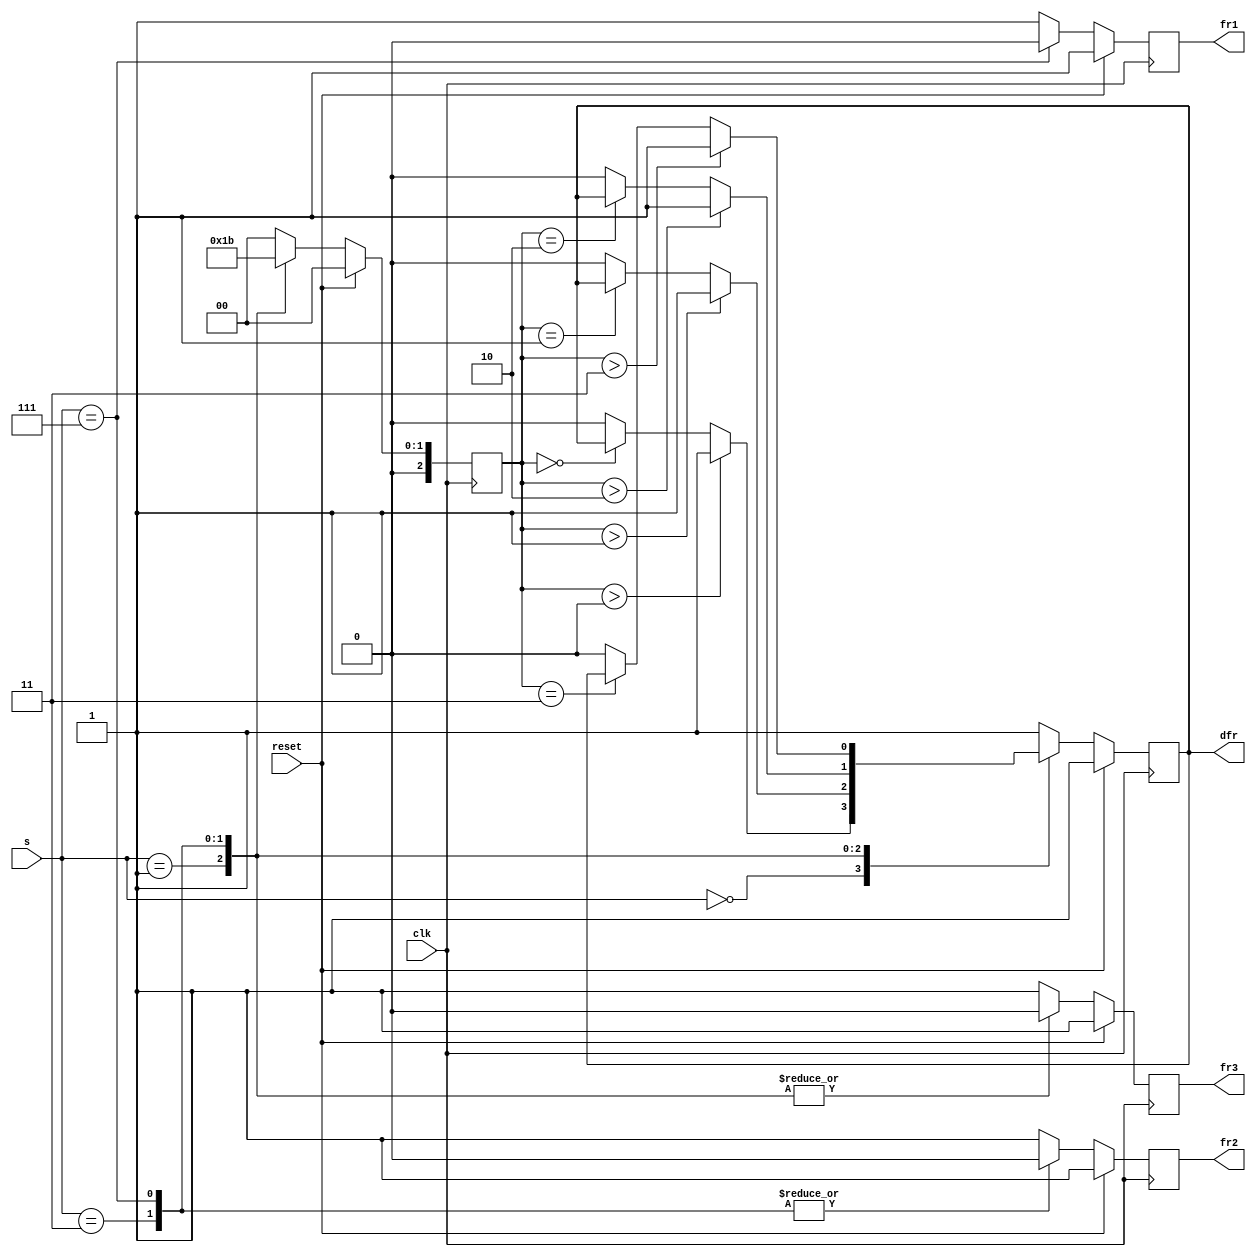
module top_module (
    input clk,
    input reset,
    input [3:1] s,
    output fr3,
    output fr2,
    output fr1,
    output reg dfr
);
    reg [2:0] state,prev_state;
    parameter A=2'd0, B=2'd1, C=2'd2, D=2'd3;
    always@(posedge clk)
        begin
            if(reset) begin fr3=1'b1;fr2=1'b1;fr1=1'b1;dfr=1'b1;state=A; end
            else
                begin
                    prev_state=state;
        case(s)
            3'b000:begin fr3 =1'b1;fr2 =1'b1;fr1=1'b1;state=A; dfr = (prev_state>state)?1'b1:((prev_state==state)?dfr:1'b0); end
            3'b001:begin fr3 =1'b0;fr2 =1'b1;fr1=1'b1; state=B; dfr = (prev_state>state)?1'b1:((prev_state==state)?dfr:1'b0); end
            3'b011:begin fr3 =1'b0;fr2 =1'b0;fr1=1'b1; state=C; dfr = (prev_state>state)?1'b1:((prev_state==state)?dfr:1'b0); end
            3'b111:begin fr3 =1'b0;fr2 =1'b0;fr1=1'b0; state=D; dfr = (prev_state>state)?1'b1:((prev_state==state)?dfr:1'b0);end
            default:begin fr3 =1'b1;fr2 =1'b1;fr1 =1'b1;dfr =1'b1; state=A;end
        endcase
        end
        end
endmodule